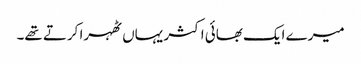
میرے ایک بھائی اکثر یہاں ٹھہرا کرتے تھے۔